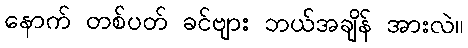
နောက် တစ်ပတ် ခင်ဗျား ဘယ်အချိန် အားလဲ။